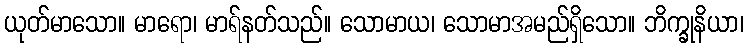
ယုတ်မာသော။ မာရော၊ မာရ်နတ်သည်။ သောမာယ၊ သောမာအမည်ရှိသော။ ဘိက္ခုနိယာ၊